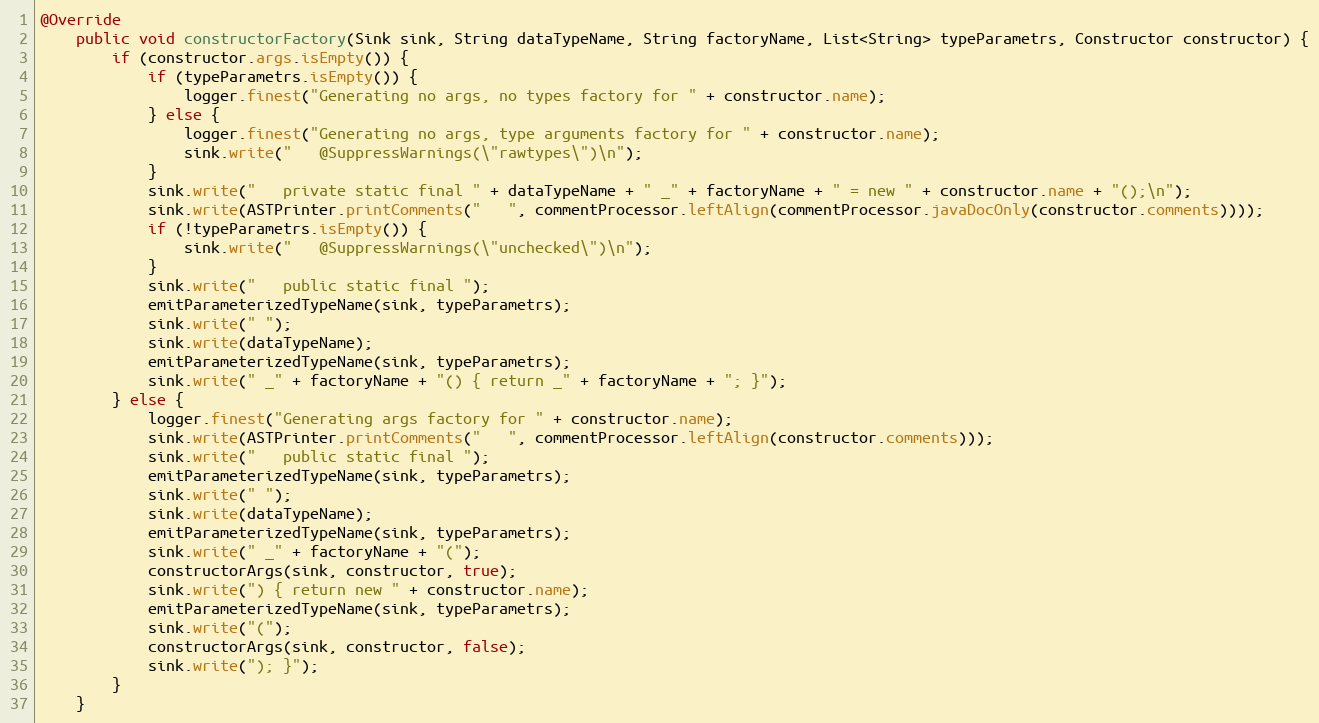
Language: Java
@Override
    public void constructorFactory(Sink sink, String dataTypeName, String factoryName, List<String> typeParametrs, Constructor constructor) {
        if (constructor.args.isEmpty()) {
        	if (typeParametrs.isEmpty()) {
            	logger.finest("Generating no args, no types factory for " + constructor.name);
        	} else {
            	logger.finest("Generating no args, type arguments factory for " + constructor.name);
        		sink.write("   @SuppressWarnings(\"rawtypes\")\n");
        	}
            sink.write("   private static final " + dataTypeName + " _" + factoryName + " = new " + constructor.name + "();\n");
            sink.write(ASTPrinter.printComments("   ", commentProcessor.leftAlign(commentProcessor.javaDocOnly(constructor.comments))));
        	if (!typeParametrs.isEmpty()) {
        		sink.write("   @SuppressWarnings(\"unchecked\")\n");
        	}
        	sink.write("   public static final ");
        	emitParameterizedTypeName(sink, typeParametrs);
        	sink.write(" ");
        	sink.write(dataTypeName);
        	emitParameterizedTypeName(sink, typeParametrs);
        	sink.write(" _" + factoryName + "() { return _" + factoryName + "; }");
        } else {
        	logger.finest("Generating args factory for " + constructor.name);
            sink.write(ASTPrinter.printComments("   ", commentProcessor.leftAlign(constructor.comments)));
            sink.write("   public static final ");
            emitParameterizedTypeName(sink, typeParametrs);
        	sink.write(" ");
        	sink.write(dataTypeName);
            emitParameterizedTypeName(sink, typeParametrs);
            sink.write(" _" + factoryName + "(");
            constructorArgs(sink, constructor, true);
            sink.write(") { return new " + constructor.name);
            emitParameterizedTypeName(sink, typeParametrs);
            sink.write("(");
            constructorArgs(sink, constructor, false);
            sink.write("); }");
        }
    }